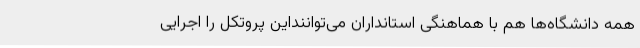
همه دانشگاه‌ها هم با هماهنگی استانداران می‌تواننداین پروتکل را اجرایی